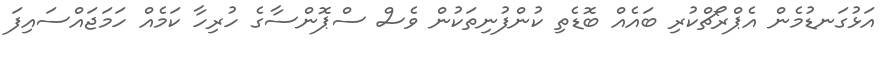
އަޅުގަނޑުމެން އެޕްރޯޗްކުރި ބައެއް ބޮޑެތި ކުންފުނިތަކުން ވެސް ސްޕޮންސާގެ ހުރިހާ ކަމެއް ހަމަޖައްސައިފަ